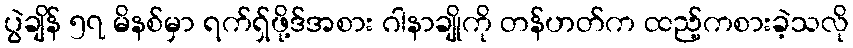
ပွဲချိန် ၅၇ မိနစ်မှာ ရက်ရှ်ဖို့ဒ်အစား ဂါနာချိုကို တန်ဟတ်က ထည့်ကစားခဲ့သလို